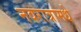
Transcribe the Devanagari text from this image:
नवरात्रामधे